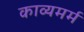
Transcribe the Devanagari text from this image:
काव्यमर्म